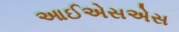
આઈએસએસ